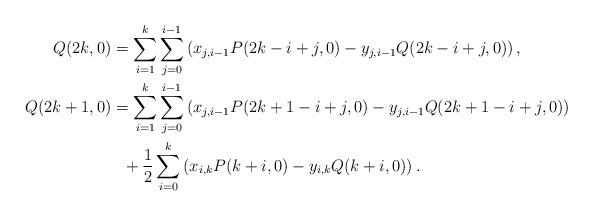
LaTeX: \begin{align*}Q(2k,0) &= \sum_{i=1}^k\sum_{j=0}^{i-1}\left( x_{j,i-1}P(2k-i+j,0) - y_{j,i-1}Q(2k-i+j,0)\right), \\Q(2k+1,0) &= \sum_{i=1}^k\sum_{j=0}^{i-1}\left( x_{j,i-1}P(2k+1-i+j,0) -y_{j,i-1}Q(2k+1-i+j,0) \right)\\&\ \ +\frac12\sum_{i=0}^k\left( x_{i,k}P(k+i,0) - y_{i,k}Q(k+i,0) \right). \end{align*}